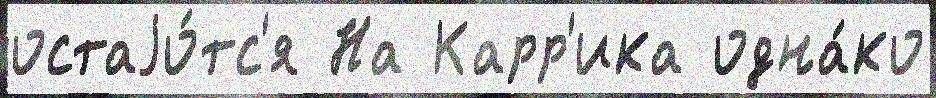
остаjо́тс'я На Карр'ика одна́ко